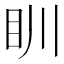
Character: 𥃹